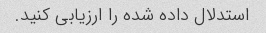
استدلال داده شده را ارزیابی کنید.